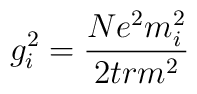
g_{i}^{2} = \frac{N e^2 m_{i}^{2}}{2 tr m^2}